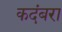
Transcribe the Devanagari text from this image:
कदंबरा